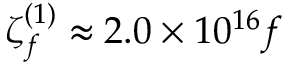
\zeta _ { f } ^ { ( 1 ) } \approx 2 . 0 \times 1 0 ^ { 1 6 } f